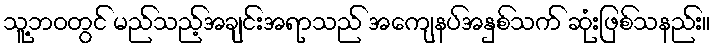
သူ့ဘဝတွင် မည်သည့်အချင်းအရာသည် အကျေနပ်အနှစ်သက် ဆုံးဖြစ်သနည်း။